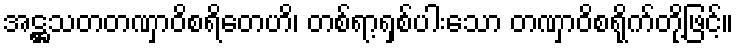
အဋ္ဌသတတဏှာဝိစရိတေဟိ၊ တစ်ရာ့ရှစ်ပါးသော တဏှာဝိစရိုက်တို့ဖြင့်။